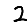
Digit: 2